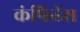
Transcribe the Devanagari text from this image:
कंफिडेंस